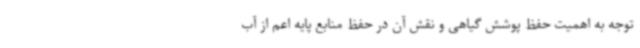
توجه به اهمیت حفظ پوشش گیاهی و نقش آن در حفظ منابع پایه اعم از آب